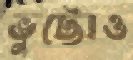
ভুট্টোও